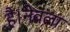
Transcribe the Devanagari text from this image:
है।नेवला